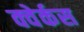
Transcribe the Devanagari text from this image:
क्वेर्कस